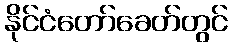
နိုင်ငံတော်ခေတ်တွင်